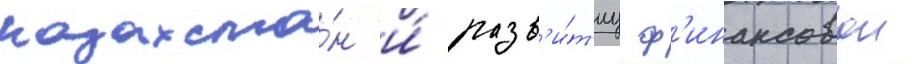
казахста́н и́ разв'и́т'иу ф'инансовои